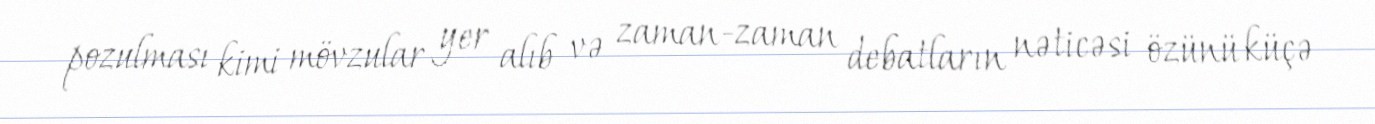
pozulması kimi mövzular yer alıb və zaman-zaman debatların nəticəsi özünü küçə